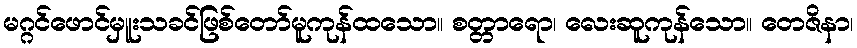
မဂ္ဂင်ဖောင်မှူးသခင်ဖြစ်တော်မူကုန်ထသော။ စတ္တာရော၊ လေးဆူကုန်သော။ တေဇိနာ၊